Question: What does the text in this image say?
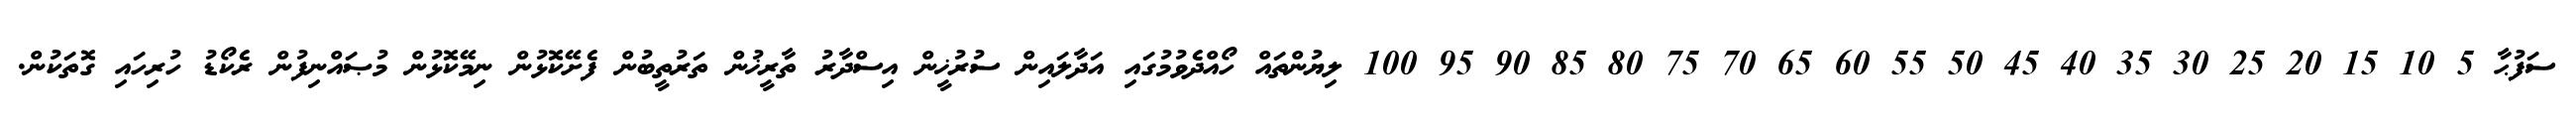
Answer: ސަފުޙާ 5 10 15 20 25 30 35 40 45 50 55 60 65 70 75 80 85 90 95 100 ލިޔުންތައް ހޯއްދެވުމުގައި އަދާލައިން ސުރުޚީން އިސްދާރު ތާރީޚުން ތަރުތީބުން ފެށޭކޮޅުން ނިމޭކޮޅުން މުޞައްނިފުން ރެކޯޑު ހުރިހައި ގޮތަކުން.